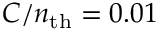
C / n _ { \mathrm { t h } } = 0 . 0 1